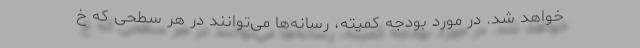
خواهد شد. در مورد بودجه کمیته، رسانه‌ها می‌توانند در هر سطحی که خ